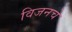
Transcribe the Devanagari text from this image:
विजनचे